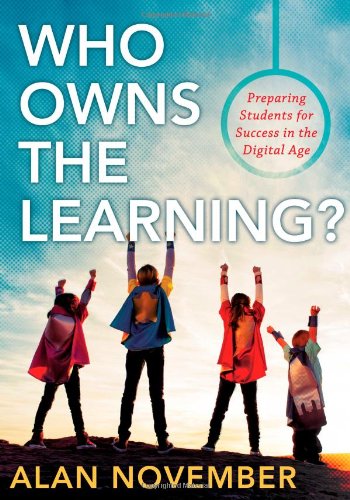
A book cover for Who Owns the Learning?: Preparing Students for Success in the Digital Age; Alan November; Education & Teaching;